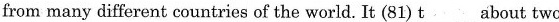
They are from many different countries of the world. It (81) \underline{t} about two